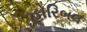
હોરિબલ